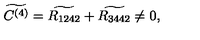
\widetilde { C ^ { ( 4 ) } } = \widetilde { R _ { 1 2 4 2 } } + \widetilde { R _ { 3 4 4 2 } } \neq 0 ,